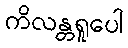
ကိလန္တရူပေါ